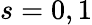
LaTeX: s=0,1